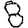
Digit: 8